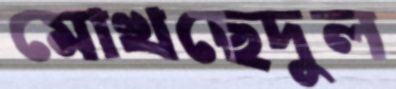
মোখছেদুল